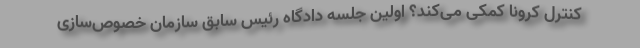
کنترل کرونا کمکی می‌‌کند؟ اولین جلسه دادگاه رئیس سابق سازمان خصوص‌سازی